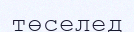
төселед